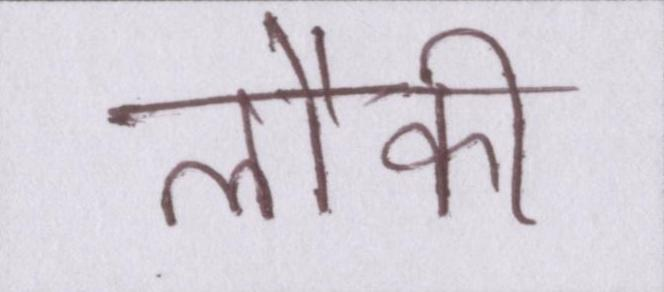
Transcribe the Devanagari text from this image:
लौकी